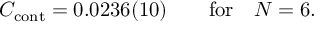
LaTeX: C _ { \mathrm { c o n t } } = 0 . 0 2 3 6 ( 1 0 ) \qquad \mathrm { f o r } \quad N = 6 .